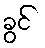
ခွင်